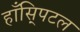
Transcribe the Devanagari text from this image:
हाँसि्पटल